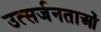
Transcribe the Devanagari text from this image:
उत्सर्जनताओं